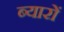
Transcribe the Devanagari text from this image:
ब्यारों